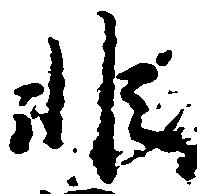
非